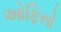
ઓફિસો